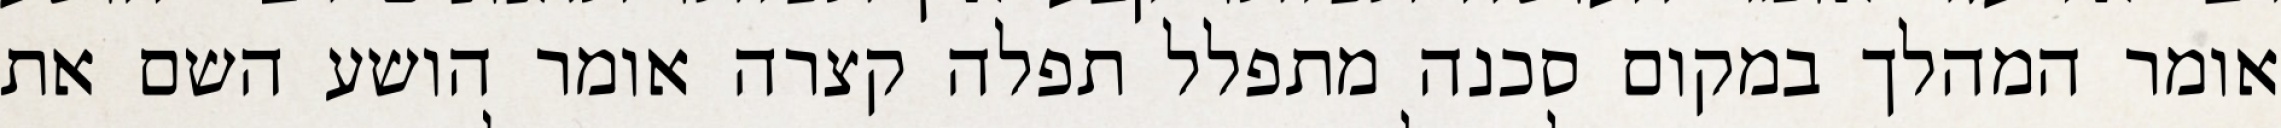
אומר המהלך במקום סכנה מתפלל תפלה קצרה אומר הושע השם את